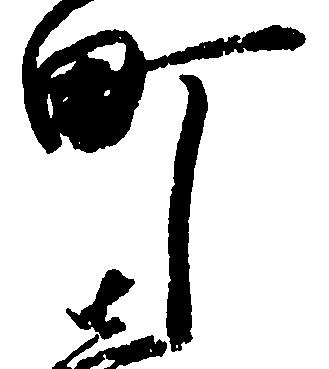
町